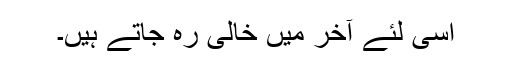
اسی لئے آخر میں خالی رہ جاتے ہیں۔